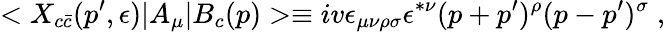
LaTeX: <X_{c\bar{c}}(p^{\prime},\epsilon)\vert A_{\mu}\vert B_{c}(p)>\equiv iv\epsilon_{\mu\nu\rho\sigma}\epsilon^{*\nu}(p+p^{\prime})^{\rho}(p-p^{\prime})^{\sigma}\; ,